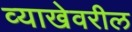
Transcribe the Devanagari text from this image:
व्याखेवरील